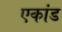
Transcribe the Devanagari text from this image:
एकांड